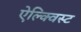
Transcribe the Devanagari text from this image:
ऐल्क्विस्ट